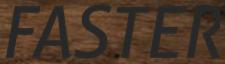
FASTER